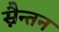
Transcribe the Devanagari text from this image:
स्नैन्तन